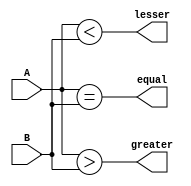
module comparator (
    input [3:0] A,
    input [3:0] B,
    output equal,
    output greater,
    output lesser
);

assign equal = (A == B);
assign greater = (A > B);
assign lesser = (A < B);

endmodule